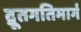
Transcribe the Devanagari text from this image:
द्रूतगतिमार्ग